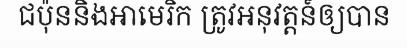
ជប៉ុននិងអាមេរិក ត្រូវអនុវត្តន៍ឲ្យបាន